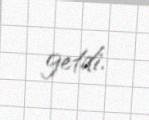
getdi.